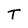
Character: T